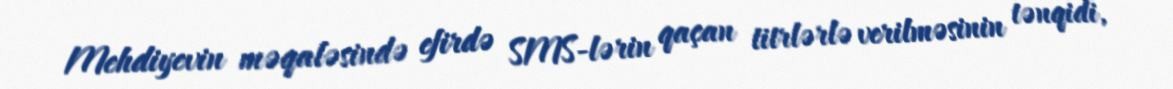
Mehdiyevin məqaləsində efirdə SMS-lərin qaçan titrlərlə verilməsinin tənqidi,